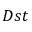
D s t